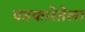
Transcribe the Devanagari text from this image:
पत्रकारेतेला